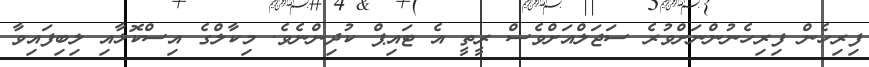
ފިރިހެން ފިރިހެނުންނަށްވުރެ ސަޖަލްއަށްވެސް ރީތީ އެ ޓައިޕް ކުދިންނެވެ. މިކާލްގެ އިސްކޮޅާއި ލިބިފައިވާ